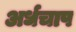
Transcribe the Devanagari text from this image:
अर्धचाप